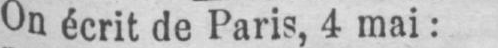
On écrit de Paris, 4 mai: